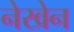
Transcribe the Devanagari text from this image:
नेखेन